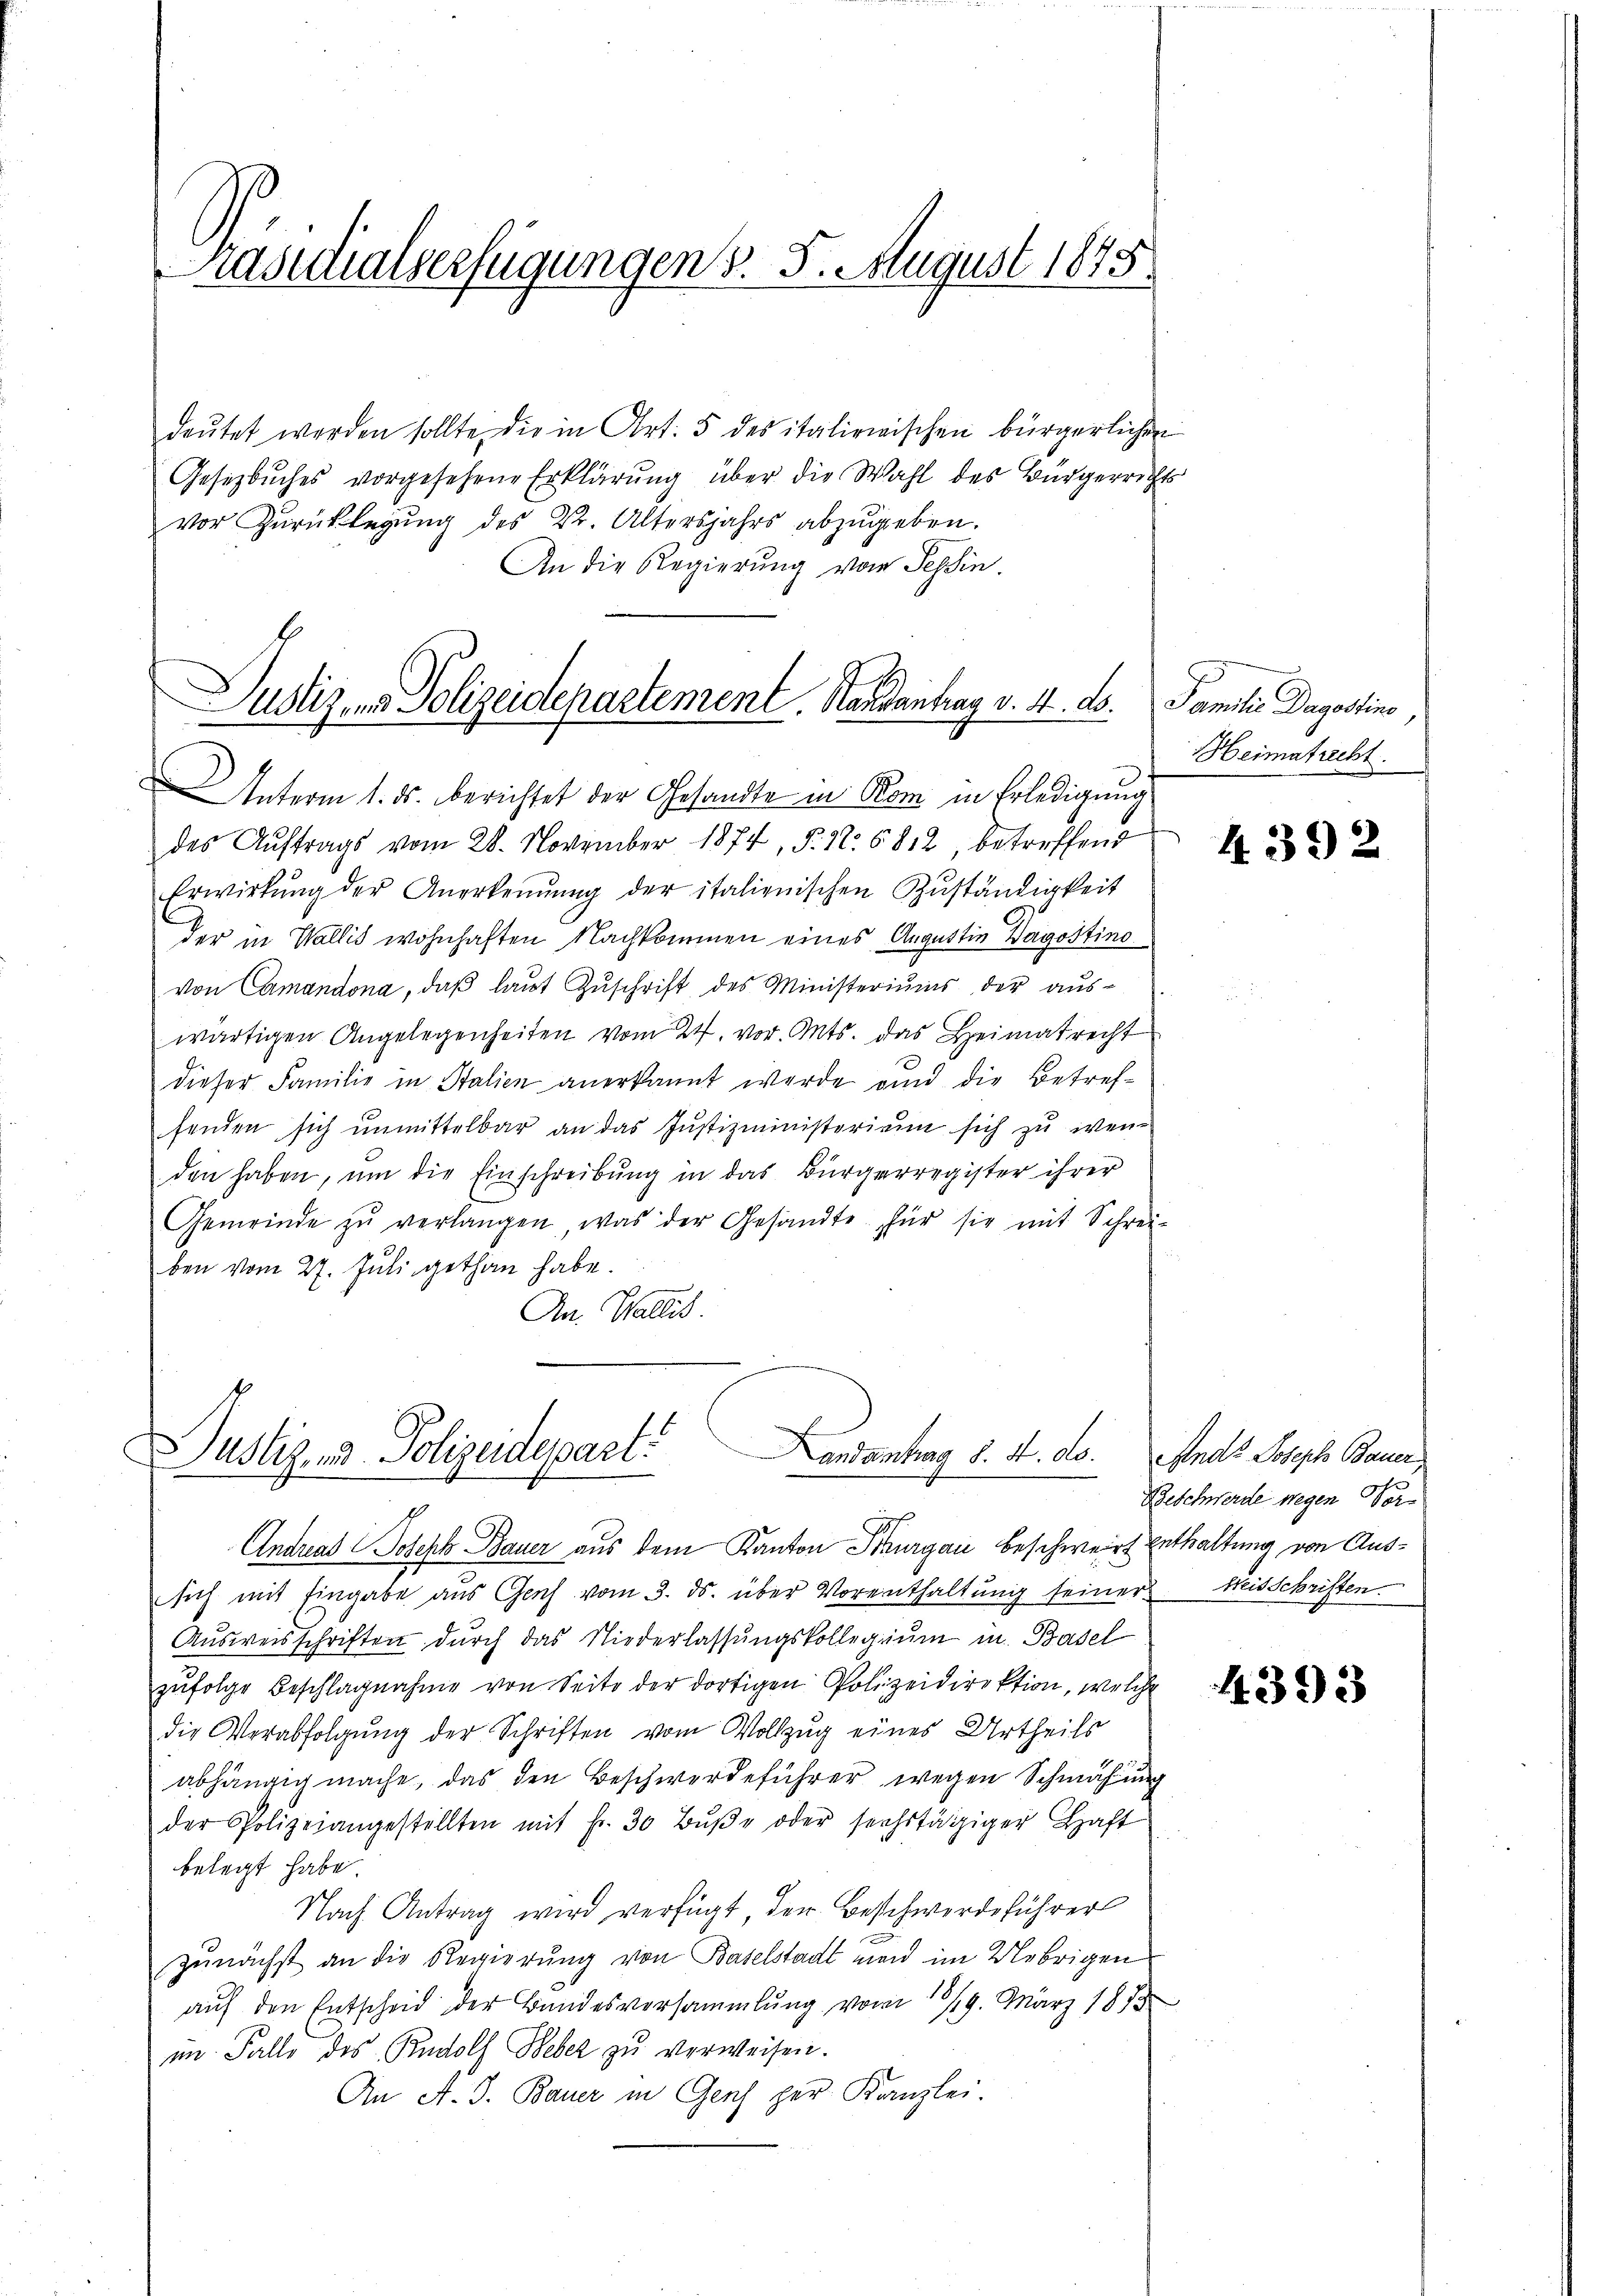
Präsidialverfügungen d. 8. August 1875.

deŭtet werden sollte, die in Art. 5 des italienischen bürgerlichen
Gesetzbuches vorgesehene Erklärung über die Wahl des Bürgerrichts
vor Zŭrücklegung des 22. Altersjahrs abzŭgeben.
An die Regierung vom Tessin.

Justiz- & Polizeidepartement, Handantrag v. 4. ds.

andanturg §. 4. ds.
Justigend Polizeidepart

AInterm 1. ds. berichtet der Gesandte in Rom in Erledigung
des Aŭftrags vom 28. November 1874, S. Nr. 5812, betreffend
Erwirkŭng der Anerkennung der italienischen Zŭständigkeit
der in Wallis wohnhaften Nachkommen eines Argattin Dagostino
von Camandona, daß laut Zuschrift des Ministeriums der auswärtigen Angelegenheiten vom 24. vor. Mts. das Heimatrecht
dieser Familie in Stalien anerkannt werde und die Betreffenden sich unmittelbar an das Justizministerium sich zu wen
den haben, um die Einschreibung in das Bürgerregister ihrer
Gemeinde zŭ verlangen, was der Gesandte für sie mit Schrei-
ben vom 27. Juli gethan habe.
An Wallis.

Andreas Joseph Bauer aus dem Kanton Schurgau beschweirt Enthaltung von Aussich mit Eingabe aus Genf vom 3. ds. über Vorenthaltung seiner Mit Schriften
Aŭsweisschriften durch das Niederlassŭngskollegium in Basel
zufolge Beschlagnahme von Seite der dortigen Polizeidirektion, welche
die Verabfolgung der Schriften vom Vollzug eines Urtheils
abhängig mache, das den Beschwerdeführer wegen Schmähung
der Polizeiangestellten mit fr. 30 Bŭβe oder sechstägiger Haft
belegt habe
Nach Antrag wird verfügt der Beschwerdeführer
2
zunächst an die Regierung von Baselstadt man im Uebrigen
auf den Entscheid der Bandesversammlung vom 17/19. März 1818
im Falle des Rudolf Weber zŭ verweisen.
An A. J. Bauer in Genf per Kanzlei.

Familie Dagostino,
Heimatrecht.

4392

Andt Joseph Bauer
Beschwerde wegen Vor¬

4393